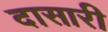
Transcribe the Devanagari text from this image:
दासारी